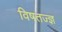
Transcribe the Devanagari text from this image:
विषतज्‍ज्ञ